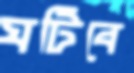
ঘটিবে